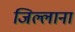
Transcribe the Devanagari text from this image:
जिल्लाना